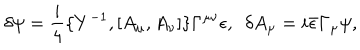
\delta \psi = \frac { i } { 4 } \{ Y ^ { - 1 } , [ A _ { \mu } , A _ { \nu } ] \} \Gamma ^ { \mu \nu } \epsilon , ~ ~ \delta A _ { \mu } = i \bar { \epsilon } \Gamma _ { \mu } \psi ,